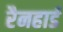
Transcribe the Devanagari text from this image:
रैनहार्ड